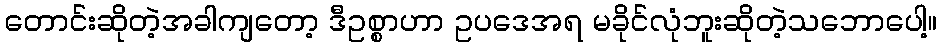
တောင်းဆိုတဲ့အခါကျတော့ ဒီဥစ္စာဟာ ဥပဒေအရ မခိုင်လုံဘူးဆိုတဲ့သဘောပေါ့။